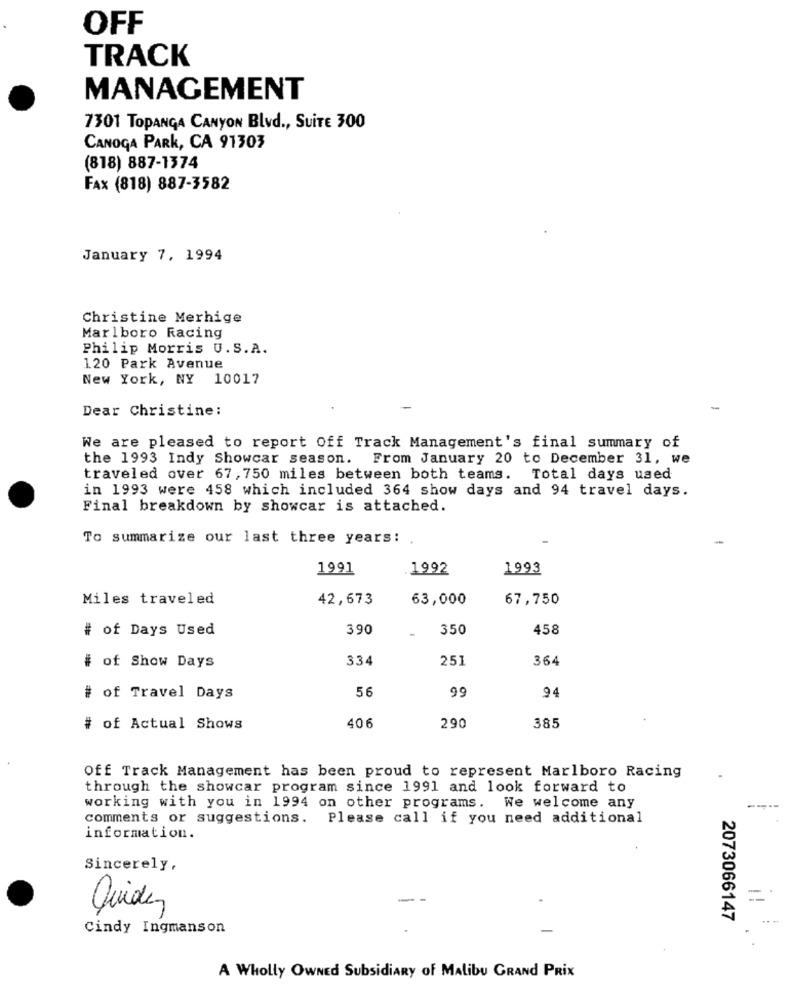
OFF
TRACK
MANAGEMENT
7301 TOPANGA CANYON Blvd ., SUITE 300
CANOGA PARK, CA 91303
(818) 887-1374
FAX (818) 887-3582
January 7, 1994
Christine Merhige
Marlboro Racing
Philip Morris U.S.A.
120 Park Avenue
New York, NY 10017
Dear Christine:
-
We are pleased to report off Track Management's final summary of
the 1993 Indy Showcar season.
From January 20 to December 31, we
traveled over 67, 750 miles between both teams. Total days used
in 1993 were 458 which included 364 show days and 94 travel days.
Final breakdown by showcar is attached.
To summarize our last three years:
-
1991
1992
1993
Miles traveled
42,673
63,000
67,750
# of Days Used
390
350
458
334
251
364
# of Show Days
56
99
# of Travel Days
94
406
385
# of Actual Shows
290
Off Track Management has been proud to represent Marlboro Racing
through the showcar program since 1991 and look forward to
working with you in 1994 on other programs. We welcome any
comments or suggestions. Please call if you need additional
information.
Sincerely,
-
Quide,
2073066147
Cindy Ingmanson
A Wholly OWNED Subsidiary of Malibu GRAND PRIX